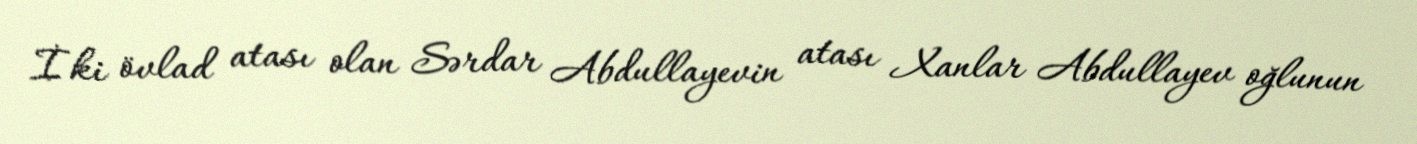
İki övlad atası olan Sərdar Abdullayevin atası Xanlar Abdullayev oğlunun